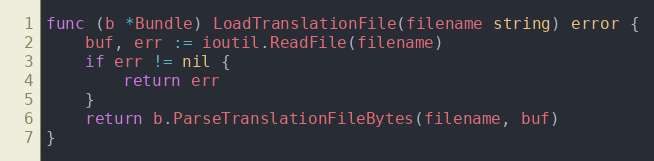
Language: Go
func (b *Bundle) LoadTranslationFile(filename string) error {
	buf, err := ioutil.ReadFile(filename)
	if err != nil {
		return err
	}
	return b.ParseTranslationFileBytes(filename, buf)
}